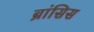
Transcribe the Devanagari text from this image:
ब्रांसिस